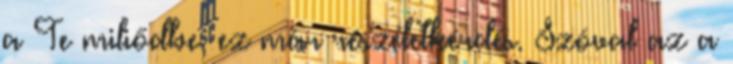
a Te miliődbe, ez már részéletkérdés. Szóval az a